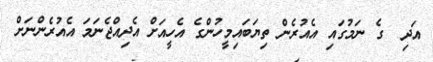
އަދި  ގެ ނަމުގައި އެއުރެން ތިޔަބައިމީހުންގެ އެހީއަށް އެދިއްޖެނަމަ އެއުރެންނަށް